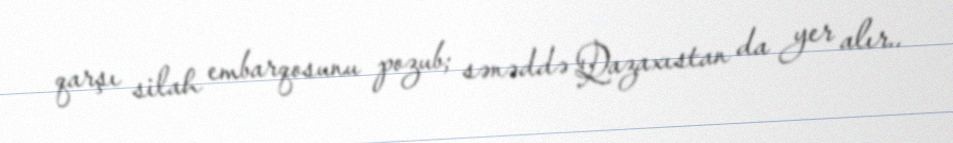
qarşı silah embarqosunu pozub; sənəddə Qazaxıstan da yer alır..